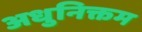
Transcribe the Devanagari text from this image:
अधुनिक्तम